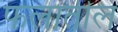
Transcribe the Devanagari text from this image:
फलातील